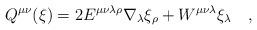
LaTeX: \begin{align*}Q^{\mu\nu}(\xi)=2E^{\mu\nu\lambda\rho}\nabla_\lambda\xi_{\rho}+W^{\mu\nu\lambda}\xi_\lambda~~~,\end{align*}